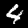
Label: 4